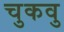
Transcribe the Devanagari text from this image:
चुकवु